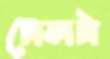
ঢোকাটা